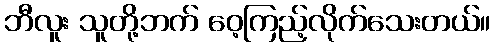
ဘီလူး သူတို့ဘက် ဝေ့ကြည့်လိုက်သေးတယ်။